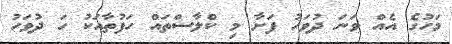
މަހުގެ އެއް ވަނަ ދުވަހު ފަށާ މި ކްލާސްތައް ހަފުތާއަކު ހަ ދުވަހު